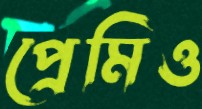
প্রেমিও